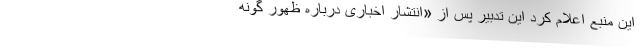
این منبع اعلام کرد این تدبیر پس از «انتشار اخباری درباره ظهور گونه